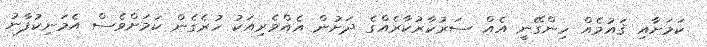
ކަމަށާއި ޤައުމެއް ހިންގޭނީ އެއް ސަރުކާރުކާރެއްގެ ދަށުން އެއްވެރިއަކު ހުރެގެން ކަމަށްވެސް އެމަނިކުފާނު